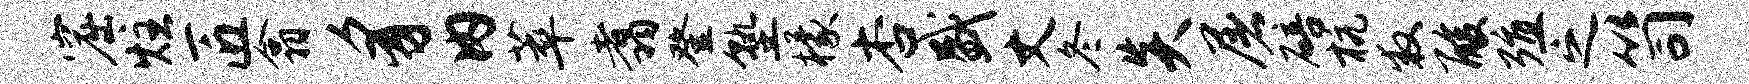
窟炷匠翕豸内萃翥登塾檬杏盛丈冬炎屠碚杭救酸殖之笥